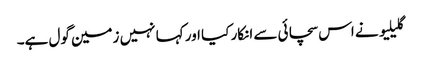
گلیلیو نے اس سچائی سے انکار کیا اور کہا نہیں زمین گول ہے۔